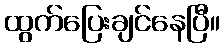
ထွက်ပြေးချင်နေပြီ။